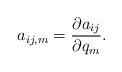
LaTeX: \begin{align*}a_{ij,m}=\frac{\partial a_{ij}}{\partial q_m}.\end{align*}